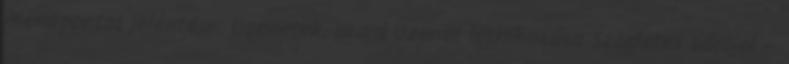
menüpontot jelentése: Üzenetek, majd Üzenet létrehozása Szögletes zárójel –